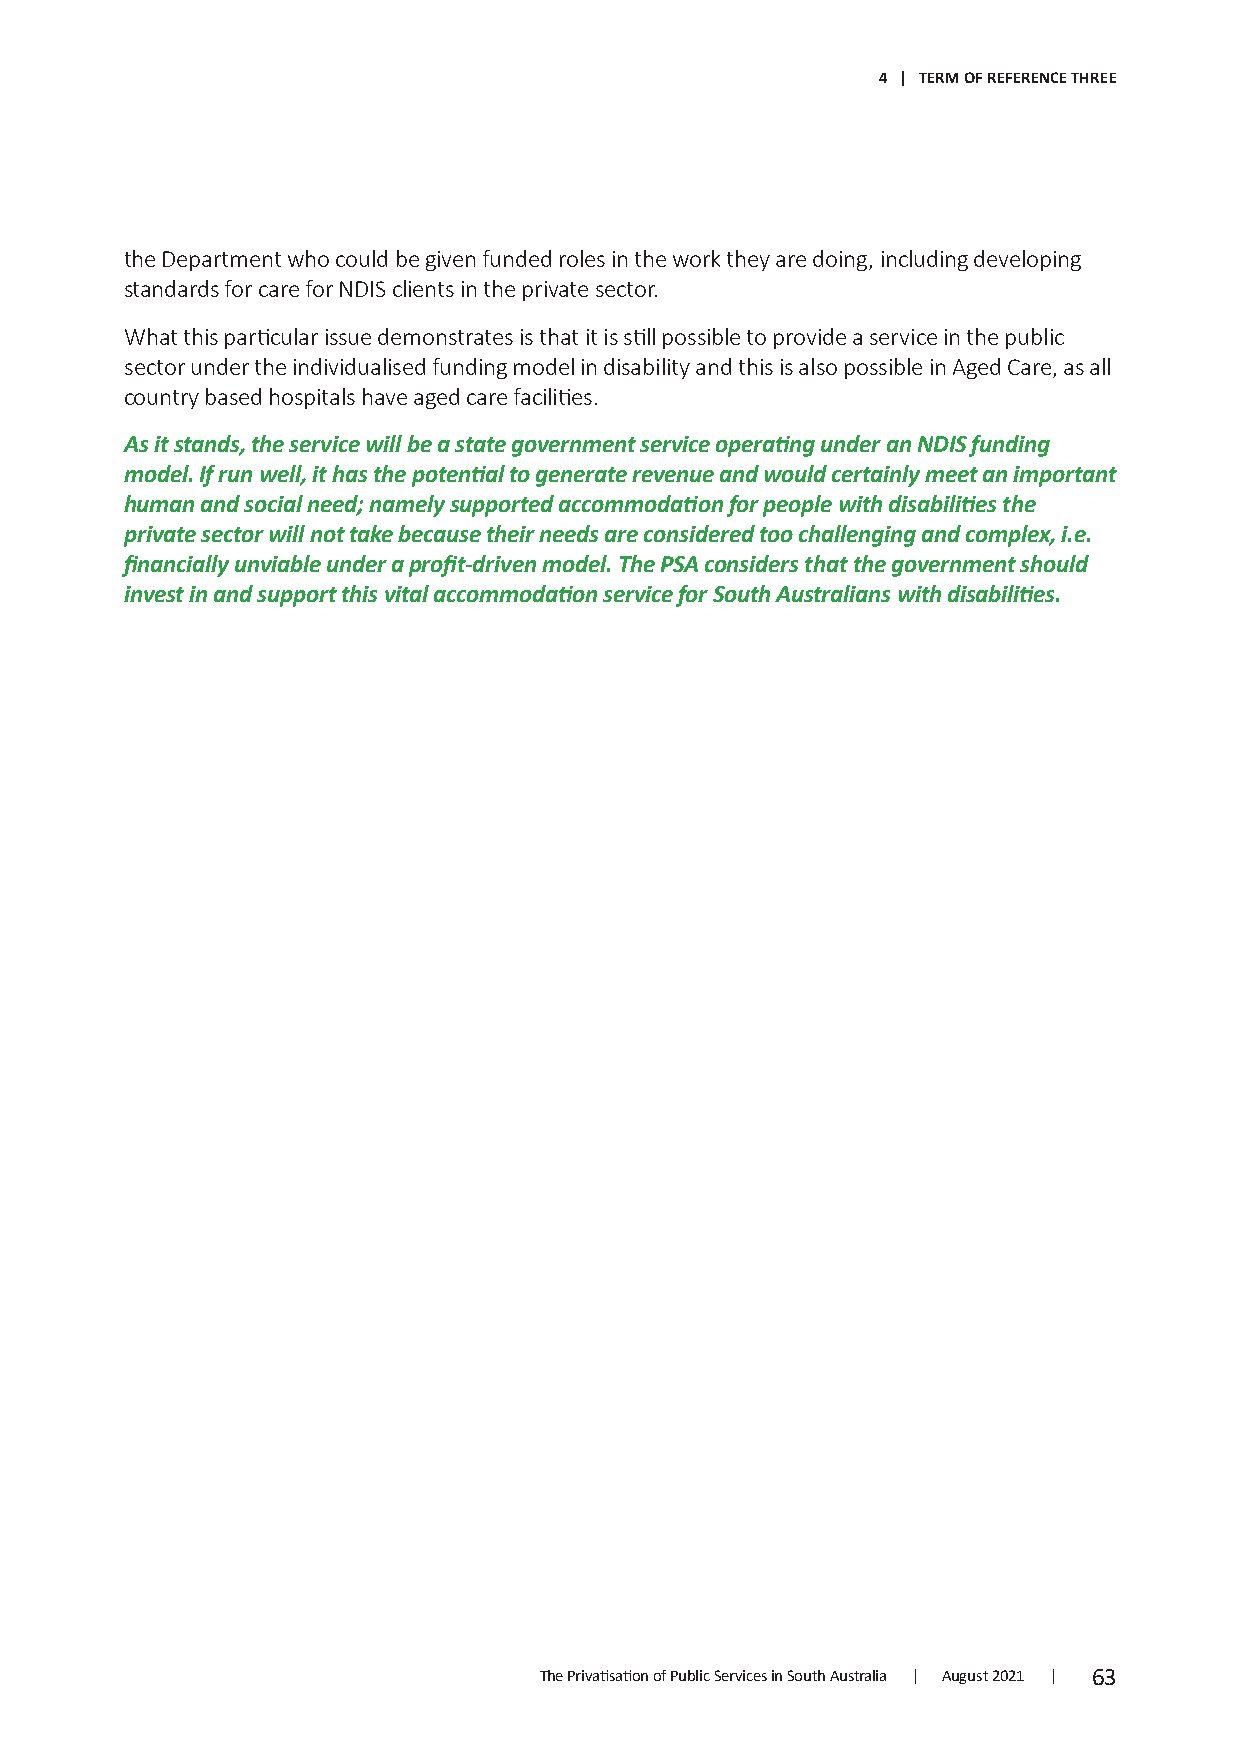
4 | TERM OF REFERENCE THREE
 the Department who could be given funded roles in the work they are doing, including developing
 standards for care for NDIS clients in the private sector.
 What this particular issue demonstrates is that it is still possible to provide a service in the public
 sector under the individualised funding model in disability and this is also possible in Aged Care, as all
 country based hospitals have aged care facilities.
 As it stands, the service will be a state government service operating under an NDIS funding
 model. If run well, it has the potential to generate revenue and would certainly meet an important
 human and social need; namely supported accommodation for people with disabilities the
 private sector will not take because their needs are considered too challenging and complex, i.e.
 financially unviable under a profit-driven model. The PSA considers that the government should
 invest in and support this vital accommodation service for South Australians with disabilities.
 The Privatisation of Public Services in South Australia | August 2021 | 63